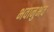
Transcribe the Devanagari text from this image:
भवानुभव